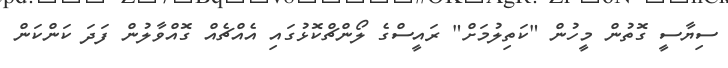
ސިޔާސީ ގޮތުން މީހުން "ކަތިލުމަށް" ރައީސްގެ ލޯންޗްކޮޅުގައި އެއްޗެއް ގޮއްވާލުން ފަދަ ކަންކަން